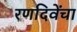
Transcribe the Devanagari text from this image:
रणदिवेंचा